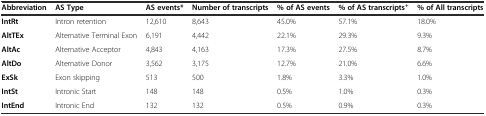
<table><thead><tr><td><b>Abbreviation</b></td><td><b>AS Type</b></td><td><b>AS events*</b></td><td><b>Number of transcripts</b></td><td><b>% of AS events</b></td><td><b>% of AS transcripts<sup>+</sup></b></td><td><b>% of All transcripts</b></td></tr></thead><tbody><tr><td><b>IntRt</b></td><td>Intron retention</td><td>12,610</td><td>8,643</td><td>45.0%</td><td>57.1%</td><td>18.0%</td></tr><tr><td><b>AltTEx</b></td><td>Alternative Terminal Exon</td><td>6,191</td><td>4,442</td><td>22.1%</td><td>29.3%</td><td>9.3%</td></tr><tr><td><b>AltAc</b></td><td>Alternative Acceptor</td><td>4,843</td><td>4,163</td><td>17.3%</td><td>27.5%</td><td>8.7%</td></tr><tr><td><b>AltDo</b></td><td>Alternative Donor</td><td>3,562</td><td>3,175</td><td>12.7%</td><td>21.0%</td><td>6.6%</td></tr><tr><td><b>ExSk</b></td><td>Exon skipping</td><td>513</td><td>500</td><td>1.8%</td><td>3.3%</td><td>1.0%</td></tr><tr><td><b>IntSt</b></td><td>Intronic Start</td><td>148</td><td>148</td><td>0.5%</td><td>1.0%</td><td>0.3%</td></tr><tr><td><b>IntEnd</b></td><td>Intronic End</td><td>132</td><td>132</td><td>0.5%</td><td>0.9%</td><td>0.3%</td></tr></tbody></table>